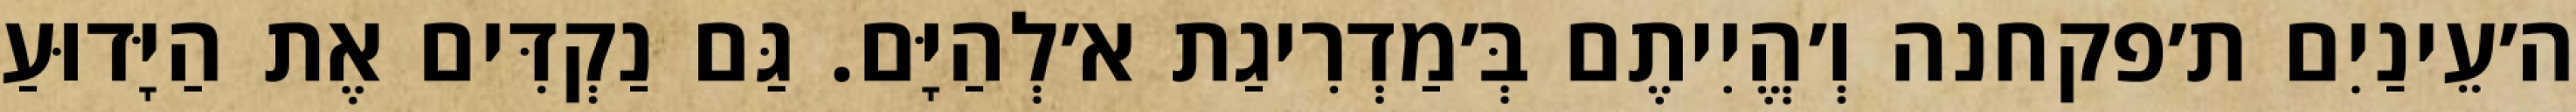
ה׳עֵינַיִם ת׳פקחנה וְ׳הֱיִיתֶם בְּ׳מַדְרִיגַת א׳לְהַיָּם. גַּם נַקְדִּים אֶת הַיָּדוּעַ